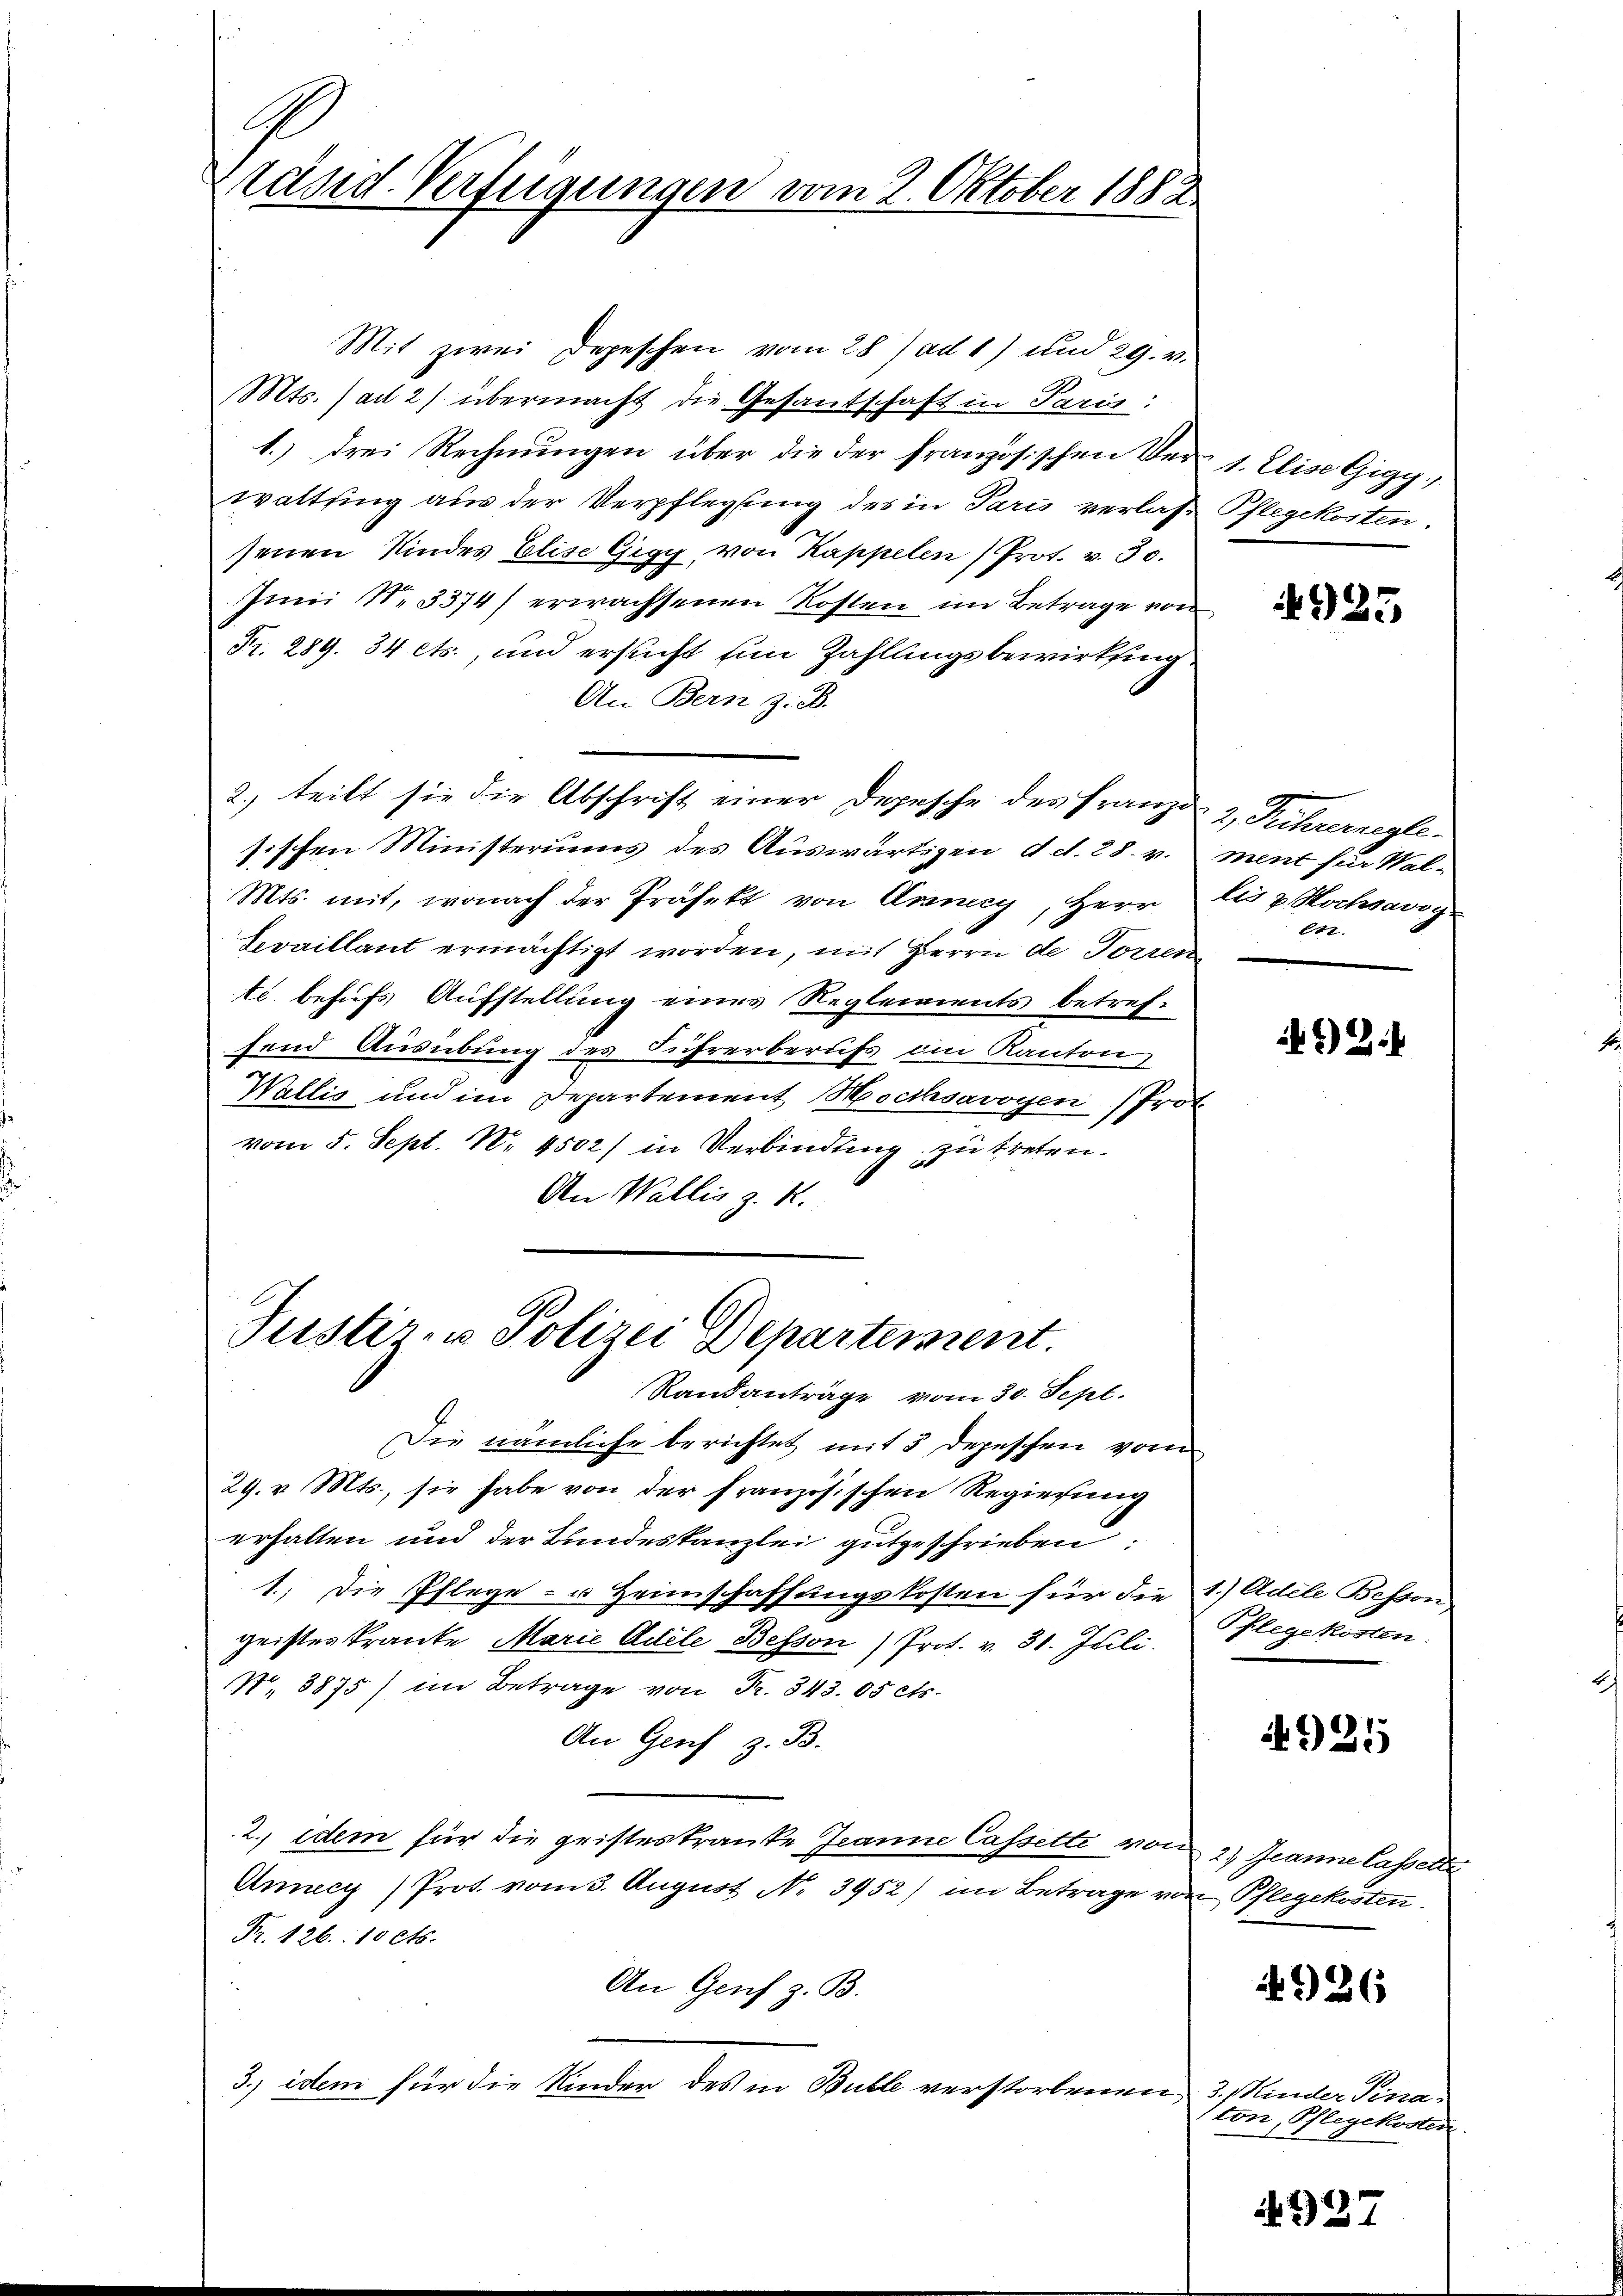
G
räsd Verfügungen vom 2. Oktober 1882

Mit zwei Depeschen vom 28) ad 1) und 29. v.
Mts. (ad 2) übermacht die Gesantschaft in Paris.
1.) drei Rechnungen über die der französischen Verwaltsing aus der Verpflegung des in Paris verlaß Pflegekosten.
senen Kindes Elise Gigy, von Kappelen Prot. v. 30.
Iini Nr. 3374) erwachsenen Kosten im Betrage von
Fr. 289. 34 ets., und ersucht ein Zahlungsbewirkung,
An Bern z. B.
2.) teilt sie die Abschrift einer Depesche des Franze & Führerneglesischen Ministeriums des Auswärtigen d. d. 28. v.
Mts. mit, wonach der Präsekt von Arzney, Herr les 7. Hochsavoy
Sevaillant ermächtigt worden, mit Herrn de Forren
ti behufs Aufstellung eines Reglements betref-
fend Ausübung des Führerberufs im Kanton
Wallis und im Departement Hochsavoyen (Prot
vom 5. Sept. N. 4502) in Verbindung zu treten.
An Wallis z. K.
Justir- u Polizei Departement.
Randanträge vom 30. Sept.
Die nämliche berichtet mit 3 Depeschen vom
29. v. Mts., sie habe von der französischen Regierung
erhalten und der Bundeskanzlei gutgeschrieben:
1.) Die Pflege- u Heimschaffungskosten für die 1.) Adele Bessen
geisteskranke Marie Adele Bessen) Prot. v. 31. Juli.
N. 8875) im Betrage von Fr. 343. 05 cts.
An Genf z. B.
2.) dem für die geisteskranke Jeanne Cassette von 2.) Jeanne Cassetz
Ancy (Prot. vom 3. August No. 3952) im Betrage von Pflegekosten.
Fr. 126. 10 cts.
An Genf z. B.
3.) idem für die Kinder des in Bulle verstorbenen 3. Kinder Pina¬

1. Elise Gigy,

4925

ment für Wel¬
.

) Bi

Pflegekosten.

4925

4926

ton, Pflegekoster

4937